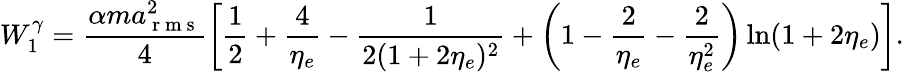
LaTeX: W_{1}^{\gamma}=\frac{\alpha ma_{\mathrm{~r~m~s~}}^{2}}{4}\left[\frac{1}{2}+\frac{4}{\eta_{e}}-\frac{1}{2(1+2\eta_{e})^{2}}+\left(1-\frac{2}{\eta_{e}}-\frac{2}{\eta_{e}^{2}}\right)\ln(1+2\eta_{e})\right].